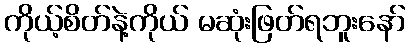
ကိုယ့်စိတ်နဲ့ကိုယ် မဆုံးဖြတ်ရဘူးနော်